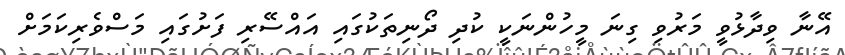
އޭނާ ވިދާޅުވީ މަރުވި ގިނަ މީހުންނަކީ ކުދި ދޯނިތަކުގައި އައްސޭރި ފަށުގައި މަސްވެރިކަމަށް